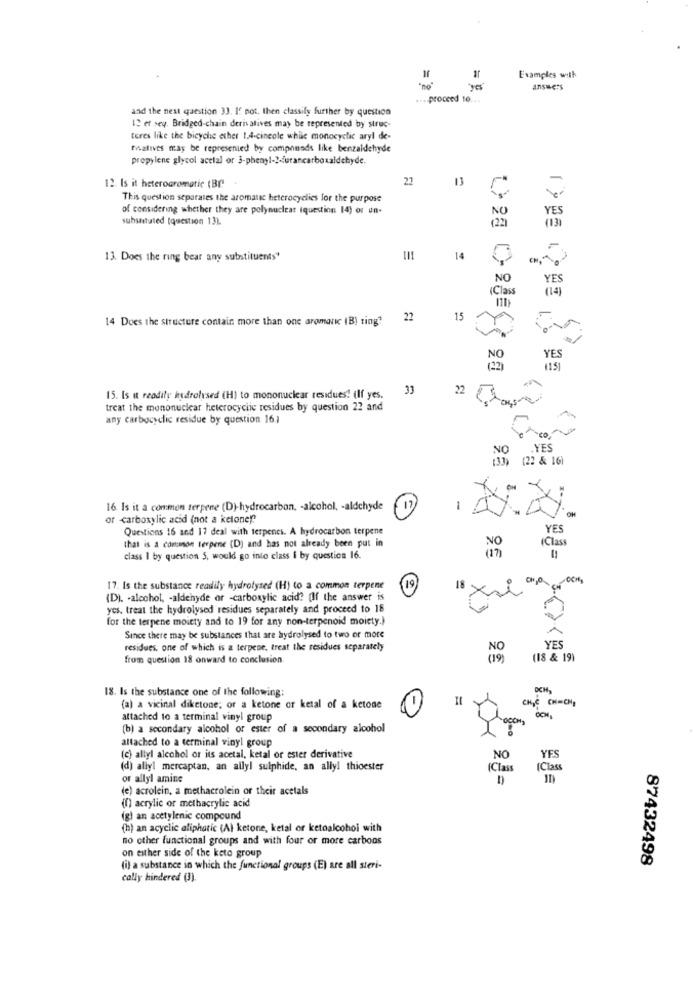
ar
Examples with
yes
answers
.... proceed to ...
and the next question 33. If not, then classify further by question
12 et seq. Bridged-chain derivatives may be represented by struc-
teres like the bicycle ether 1.4-cincole whlic monocyclic aryl de-
Malives may be represented by compounds like benzaldehyde
propylene glycol acetal or 3-phenyl-2-furancarboxaldehyde.
22
13
12. Is it heterogromatic (BI)
This question separates the aromatic heterocyclics for the purpose
of considering whether they are polynuclear iquestion 14) or un-
substituted [question 13).
1137
13. Does the ring bear any substituents"
14
NO
YES
(Class
14
14 Does the structure contain more than one aromatic (B) ting"
22
15
YES
115]
33
15. Is it readily hydrolysed (H) to mononuclear residues! (If yes.
treat the mononuclear heterocyclic residues by question 22 and
22 Thous
any carbocyclic residue by question 16.1
NO
YES
(33) (22 & 16)
16. Is it a common terpene (D)-hydrocarbon. - alcohol, - aldchyde
17
1
or carboxylic acid (not a ketone!"
Questions 16 and 17 deal with terpenes. A hydrocarbon terpene
YES
that is a common terpene (D) and has not already been put in
(Class
class I by question 5, would go into class i by question 16.
17. Is the substance readily hydrolysed (H) to a common terpene
19
18
si
(D). - alcohol, - aldehyde or -carboxylic acid? (If the answer is
yes, treat the hydrolysed residues separately and proceed to 18
for the terpene moiety and to 19 for any non-terpenoid moiety.)
Since there may be substances that are hydrolysed to two or more
residues, one of which is a terpene, treat the residues separately
YES
from question 18 onward to conclusion.
(18 & 191
18. Is the substance one of the following:
OCH
CHIC CH=CHE
(a) a vicinal diketone; or a ketone or ketal of a ketone
attached to a terminal vinyl group
(b) a secondary alcohol or ester of a secondary alcohol
attached to a terminal vinyl group
(c) allyl alcohol or its acetal, ketal or ester derivative
NO
YES
(d) aliyl mercaptan, an allyl sulphide, an ally! thioester
(Class
(Class
or allyl amine
D)
(e) acrolein, a methacrolein or their acetals
(0) acrylic or methacrylic acid
(g) an acetylenic compound
(h) an acyclic aliphatic (Al ketone, ketal or ketoalcohol with
no other functional groups and with four or more carbons
on either side of the keto group
87432498
(i) a substance in which the functional groups (E) are all steri-
cally hindered (3).